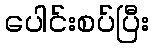
ပေါင်းစပ်ပြီး